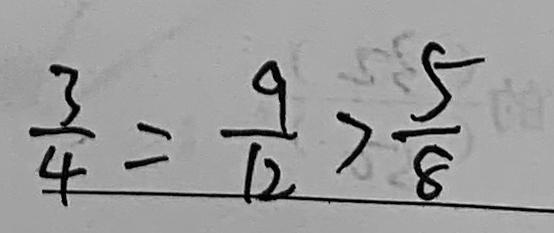
\frac { 3 } { 4 } = \frac { 9 } { 1 2 } > \frac { 5 } { 8 }